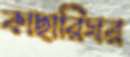
কাছারিঘর